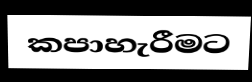
කපාහැරීමට